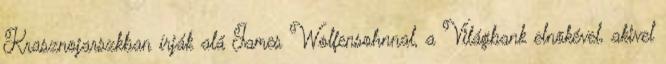
Krasznojarszkban írják alá James Wolfensohnnal, a Világbank elnökével, akivel